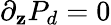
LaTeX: \partial_{\mathbf{z}}P_{d}=0